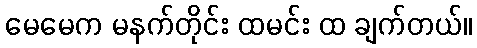
မေမေက မနက်တိုင်း ထမင်း ထ ချက်တယ်။